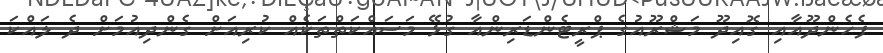
ފެހެންދޫއާއި ގޮއިދޫ މަޝްރޫއުގެ ޕްރީޓެންޑަރިންއާ ގުޅޭ މަސައްކަތްތަކެއް ކުރިއަށް ގެންދިއުމަށް ދެ ލައްކަ